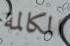
المكالمة